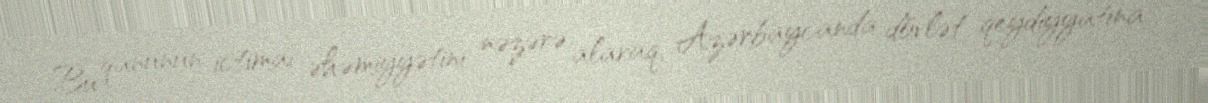
Bu qanunun ictimai əhəmiyyətini nəzərə alaraq, Azərbaycanda dövlət qeydiyyatına